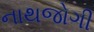
નાથજોગી